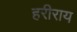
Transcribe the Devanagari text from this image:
हरीराय